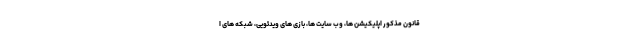
قانون مذکور اپلیکیشن ها، وب سایت ها، بازی های ویدئویی، شبکه های ا